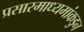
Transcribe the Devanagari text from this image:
प्रसारमाध्यमांकडुन